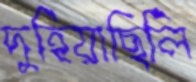
দুহিয়াছিলি